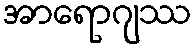
အာရောဂျဿ